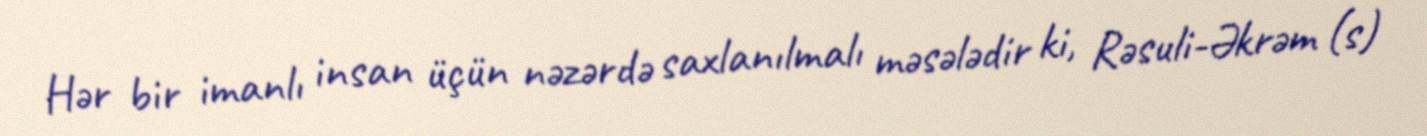
Hər bir imanlı insan üçün nəzərdə saxlanılmalı məsələdir ki, Rəsuli-Əkrəm (s)